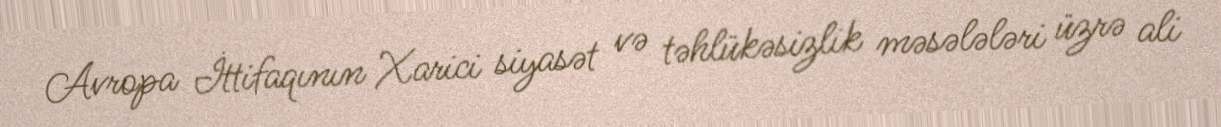
Avropa İttifaqının Xarici siyasət və təhlükəsizlik məsələləri üzrə ali